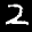
Label: 2